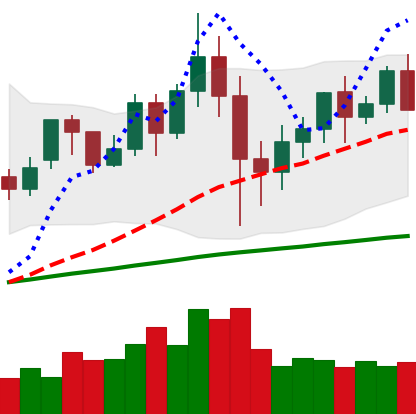
Ticker: XMR-USD
Chart end date: 2020-12-04
Forward return: 4.417%
Label: up_3_5